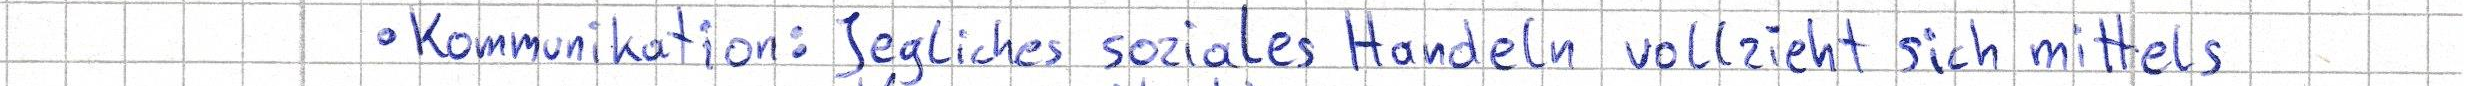
- Kommunikation: Jegliches soziales Handeln vollzieht sich mittels